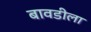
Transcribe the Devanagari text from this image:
बावडीला